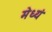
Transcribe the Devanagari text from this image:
मेध्यं